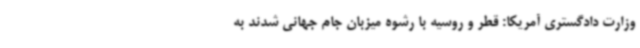
وزارت دادگستری آمریکا: قطر و روسیه با رشوه میزبان جام جهانی شدند به